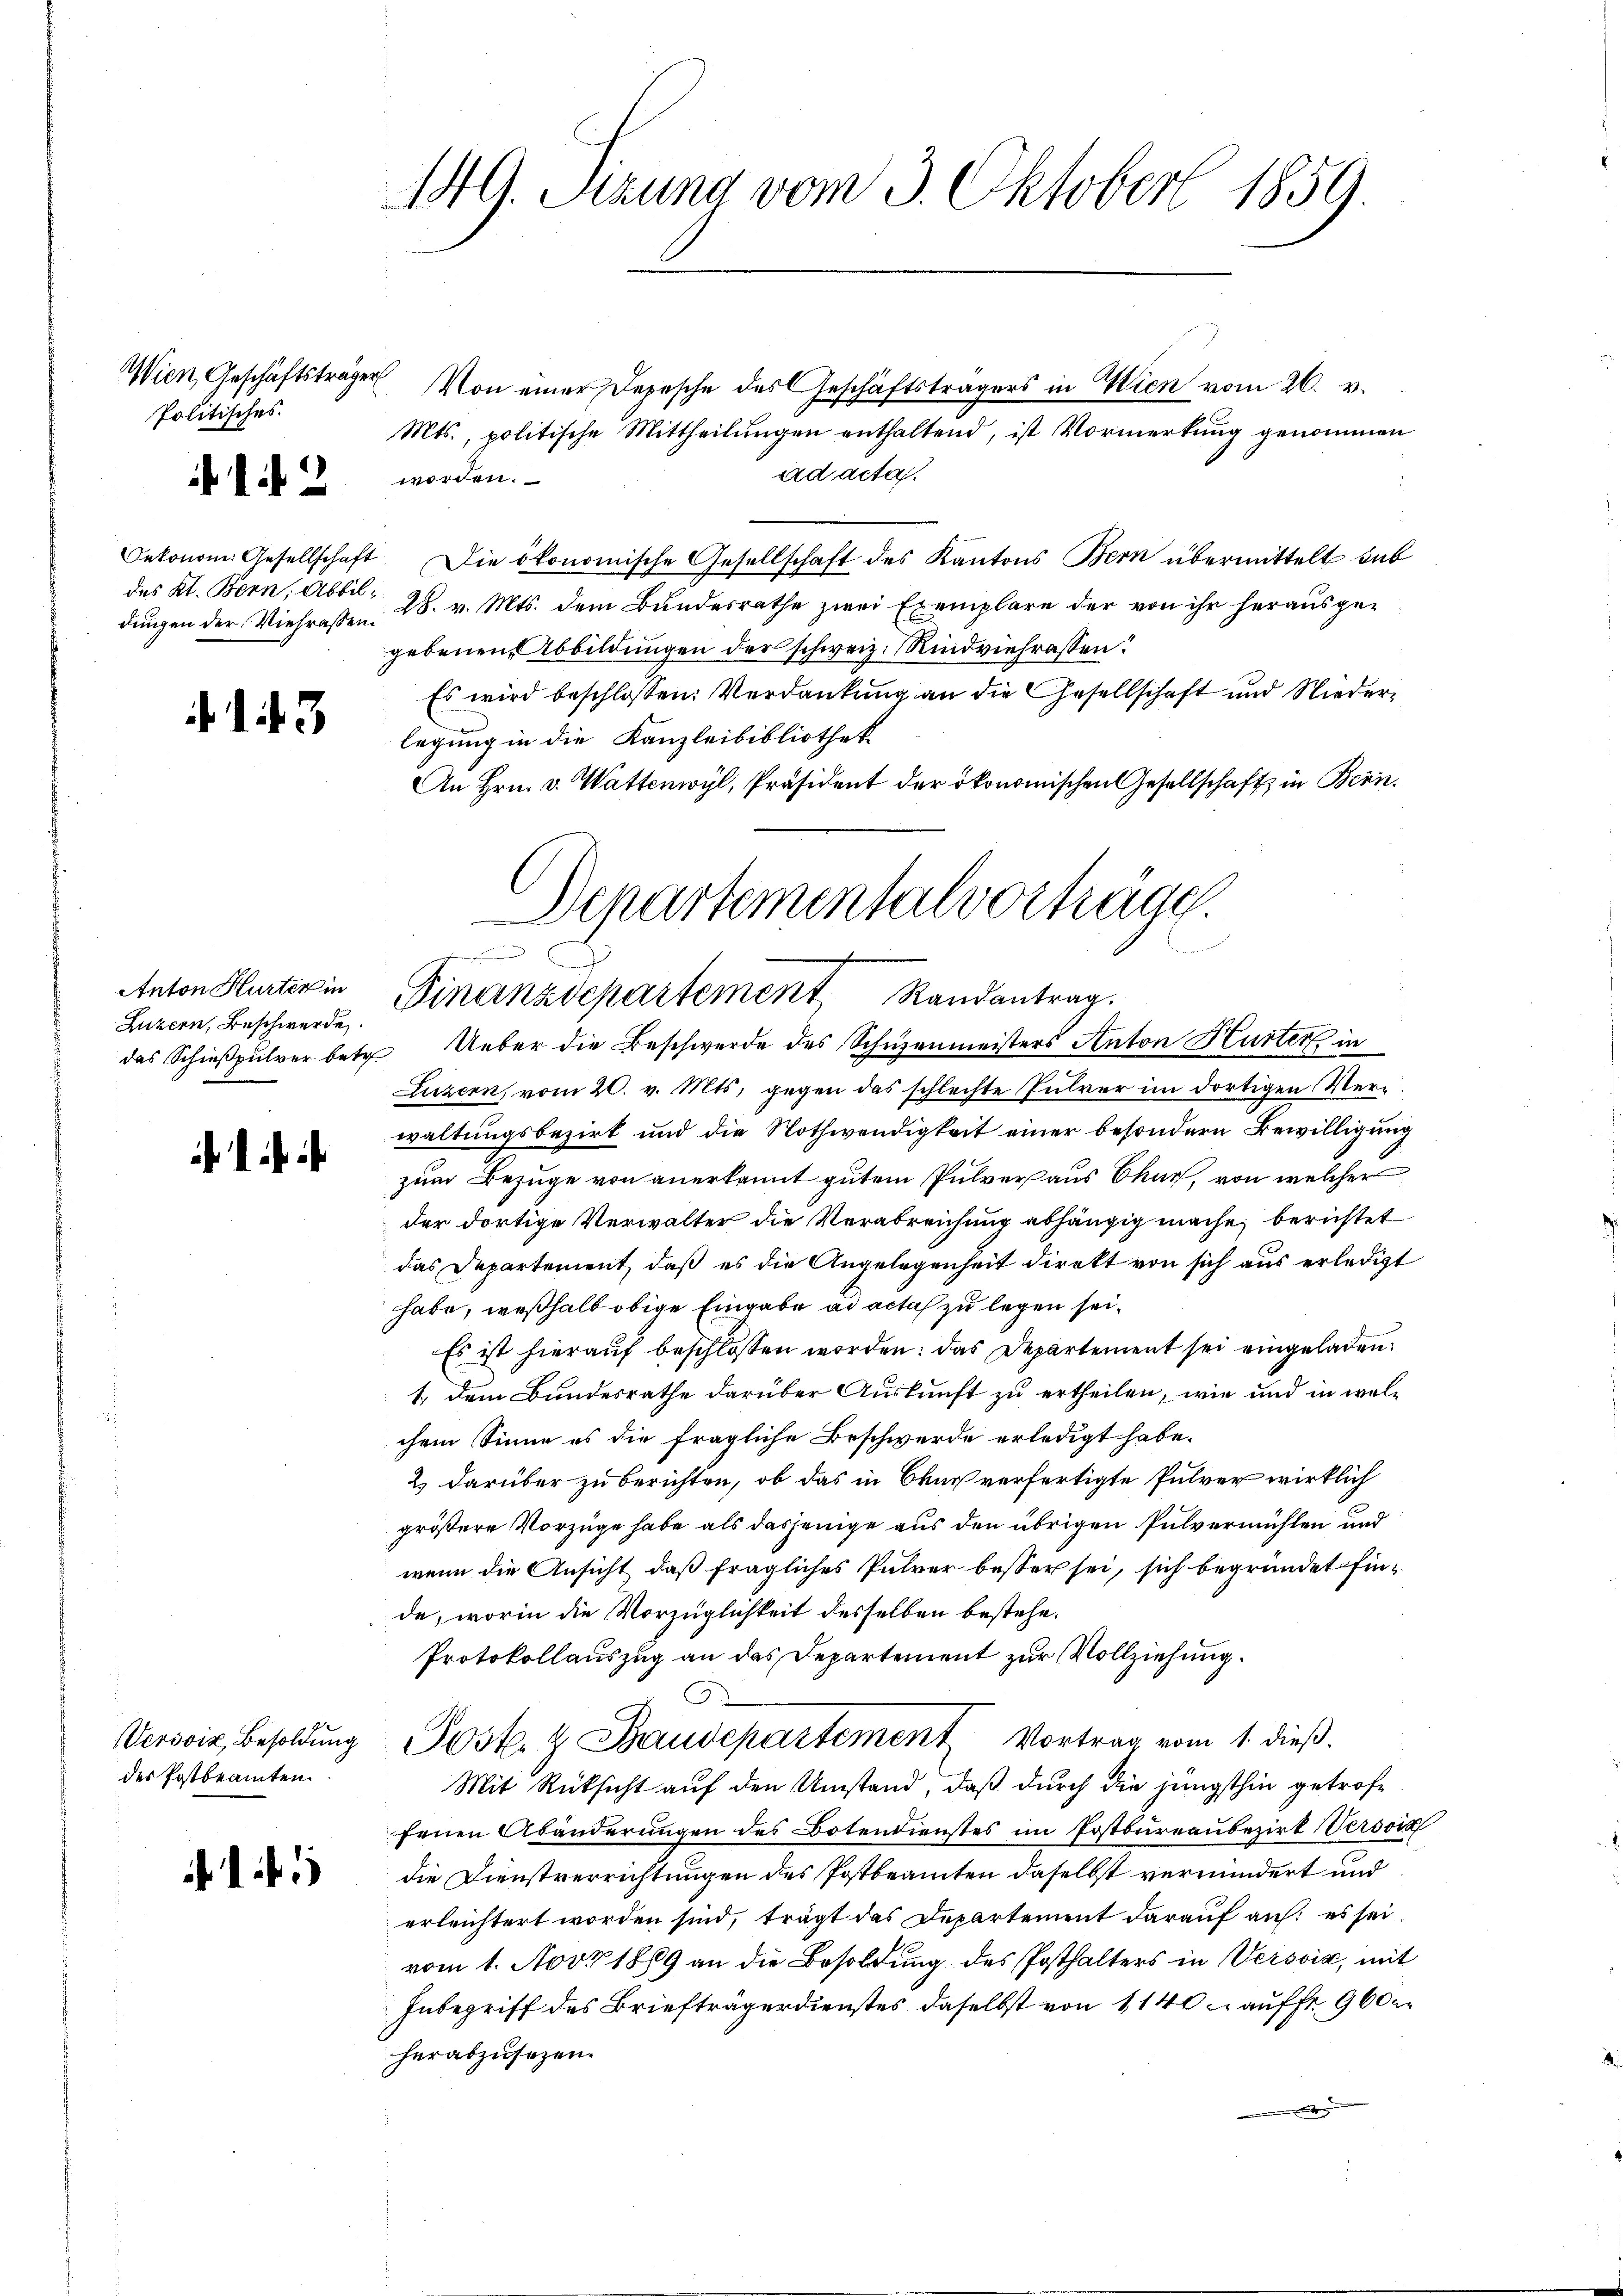
Politisches.

449. Sitzung vom 3. Oktober 1859.

12

des Kt. Bern, Abbil¬

13

Anton Hurter in
Luzern, Beschwerde.
das Schießpulver betr.

. .

Wersviz, Besoldung
des Postbeamten

Wien, Geschäftsträger Von einer Depesche des Geschäftsträgers in Wien vom 26. v.
Mts., politische Mittheilungen enthaltend, ist Vormerkung genommen
ad acta.
worden.
Oekonom. Gesellschaft. Die ökonomische Gesellschaft des Kantons Bern übermittelt sub
dungen der Viehraßen, 28. v. Mts. dem Bundesrathe zwei Exemplare der von ihr herausgegebenen Abbildungen der schweiz. Rindviehrassen?
Es wird beschlossen: Verdankung an die Gesellschaft und Niederlegung in die Kanzleibibliothek.
An Hrn. v. Wattenwyl, Präsident der ökonomischen Gesellschaft in Bern.
Departementalvorträge.

Finanzdepartement Randantrag.
Ueber die Beschwerde des Schuzenmeisters Anton Hurter in
Luzern, vom 20. v. Mts. gegen das schlechte Intrer im dortigen Ver¬

waltungsbezirk und die Nothwendigkeit einer besondern Bewilligung
zum Bezuge von anerkannt gutem Pulver aus Chur, von welcher
der dortige Verwalter die Verabreichung abhängig mache, berichtet
das Departement, daß es die Angelegenheit direkt von sich aus erledigt
habe, weßhalb obige Eingabe ad acta zu legen sei.
Es ist hierauf beschlossen worden: das Departement sei eingeladen.
1., dem Bundesrathe darüber Auskunft zu ertheilen, wie und in welchem Sinne es die fragliche Beschwerde erledigt habe.
2. darüber zu berichten, ob das in Bruch verfertigte Pulver wirklich
größere Vorzüge habe als dasjenige aus den übrigen Pulvermühlen und
wenn die Ansicht, daß fragliches Pulver besser sei, sich begründet finde, worin die Vorzüglichkeit desselben bestehe.
Protokollauszug an das Departement zur Vollziehung.
Post. & Baudepartement Vortrag vom 1. dieß.
Mit Rücksicht auf den Umstand, daß durch die jüngsthin getroffenen Abänderungen des Botendienstes im Postbureaubezirk Versor
die Dienstverrichtungen des Postbeamten daselbst vermindert und
erleichtert worden sind, trägt das Departement darauf aus: es sei.
vom 1. Nov. 1889 an die Besoldung des Posthalters in Verović, mit
Inbegriff des Briefträgerdienstes daselbst von 1140 auf fr. 960
herabzusetzen.